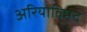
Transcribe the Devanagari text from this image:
अरियाविभद